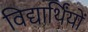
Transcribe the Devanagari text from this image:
विद्यार्थिंयों